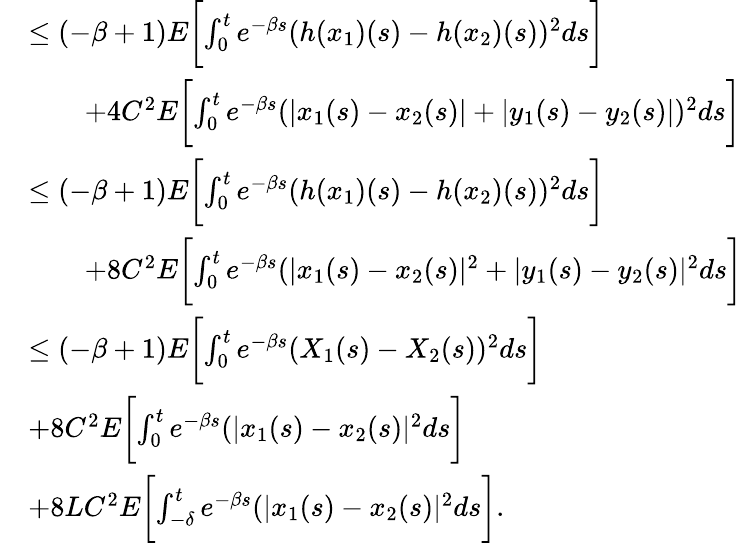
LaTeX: \begin{array}{rl}&{\leq(-\beta+1)E\biggl[\int_{0}^{t}e^{-\beta s}(h(x_{1})(s)-h(x_{2})(s))^{2}ds\biggr]}\\ &{\qquad+4C^{2}E\biggl[\int_{0}^{t}e^{-\beta s}(|x_{1}(s)-x_{2}(s)|+|y_{1}(s)-y_{2}(s)|)^{2}ds\biggr]}\\ &{\leq(-\beta+1)E\biggl[\int_{0}^{t}e^{-\beta s}(h(x_{1})(s)-h(x_{2})(s))^{2}ds\biggr]}\\ &{\qquad+8C^{2}E\biggl[\int_{0}^{t}e^{-\beta s}(|x_{1}(s)-x_{2}(s)|^{2}+|y_{1}(s)-y_{2}(s)|^{2}ds\biggr]}\\ &{\leq(-\beta+1)E\biggl[\int_{0}^{t}e^{-\beta s}(X_{1}(s)-X_{2}(s))^{2}ds\biggr]}\\ &{+8C^{2}E\biggl[\int_{0}^{t}e^{-\beta s}(|x_{1}(s)-x_{2}(s)|^{2}ds\biggr]}\\ &{+8LC^{2}E\biggl[\int_{-\delta}^{t}e^{-\beta s}(|x_{1}(s)-x_{2}(s)|^{2}ds\biggr].}\end{array}